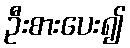
ဦးစားပေး၍